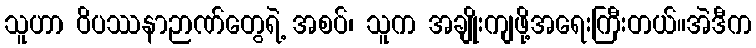
သူဟာ ဝိပဿနာဉာဏ်တွေရဲ့ အစပ်၊ သူက အချိုးကျဖို့အရေးကြီးတယ်။အဲဒီက